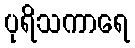
ပုရိသကာရေ